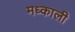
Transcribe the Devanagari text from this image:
मध्काली